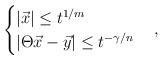
LaTeX: \begin{align*} \begin{cases} |\vec x|\leq t^{1/m} \\ |\Theta\vec x-\vec y|\leq t^{-\gamma/n} \end{cases},\end{align*}